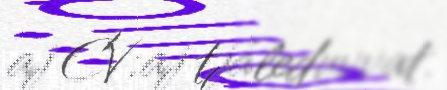
aj CV:aj tjáleduvvat.